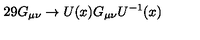
2 9 G _ { \mu \nu } \rightarrow U ( x ) G _ { \mu \nu } U ^ { - 1 } ( x )